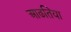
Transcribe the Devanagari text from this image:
आढतिया